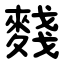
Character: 䴼